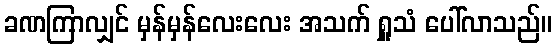
ခဏကြာလျှင် မှန်မှန်လေးလေး အသက် ရှူသံ ပေါ်လာသည်။